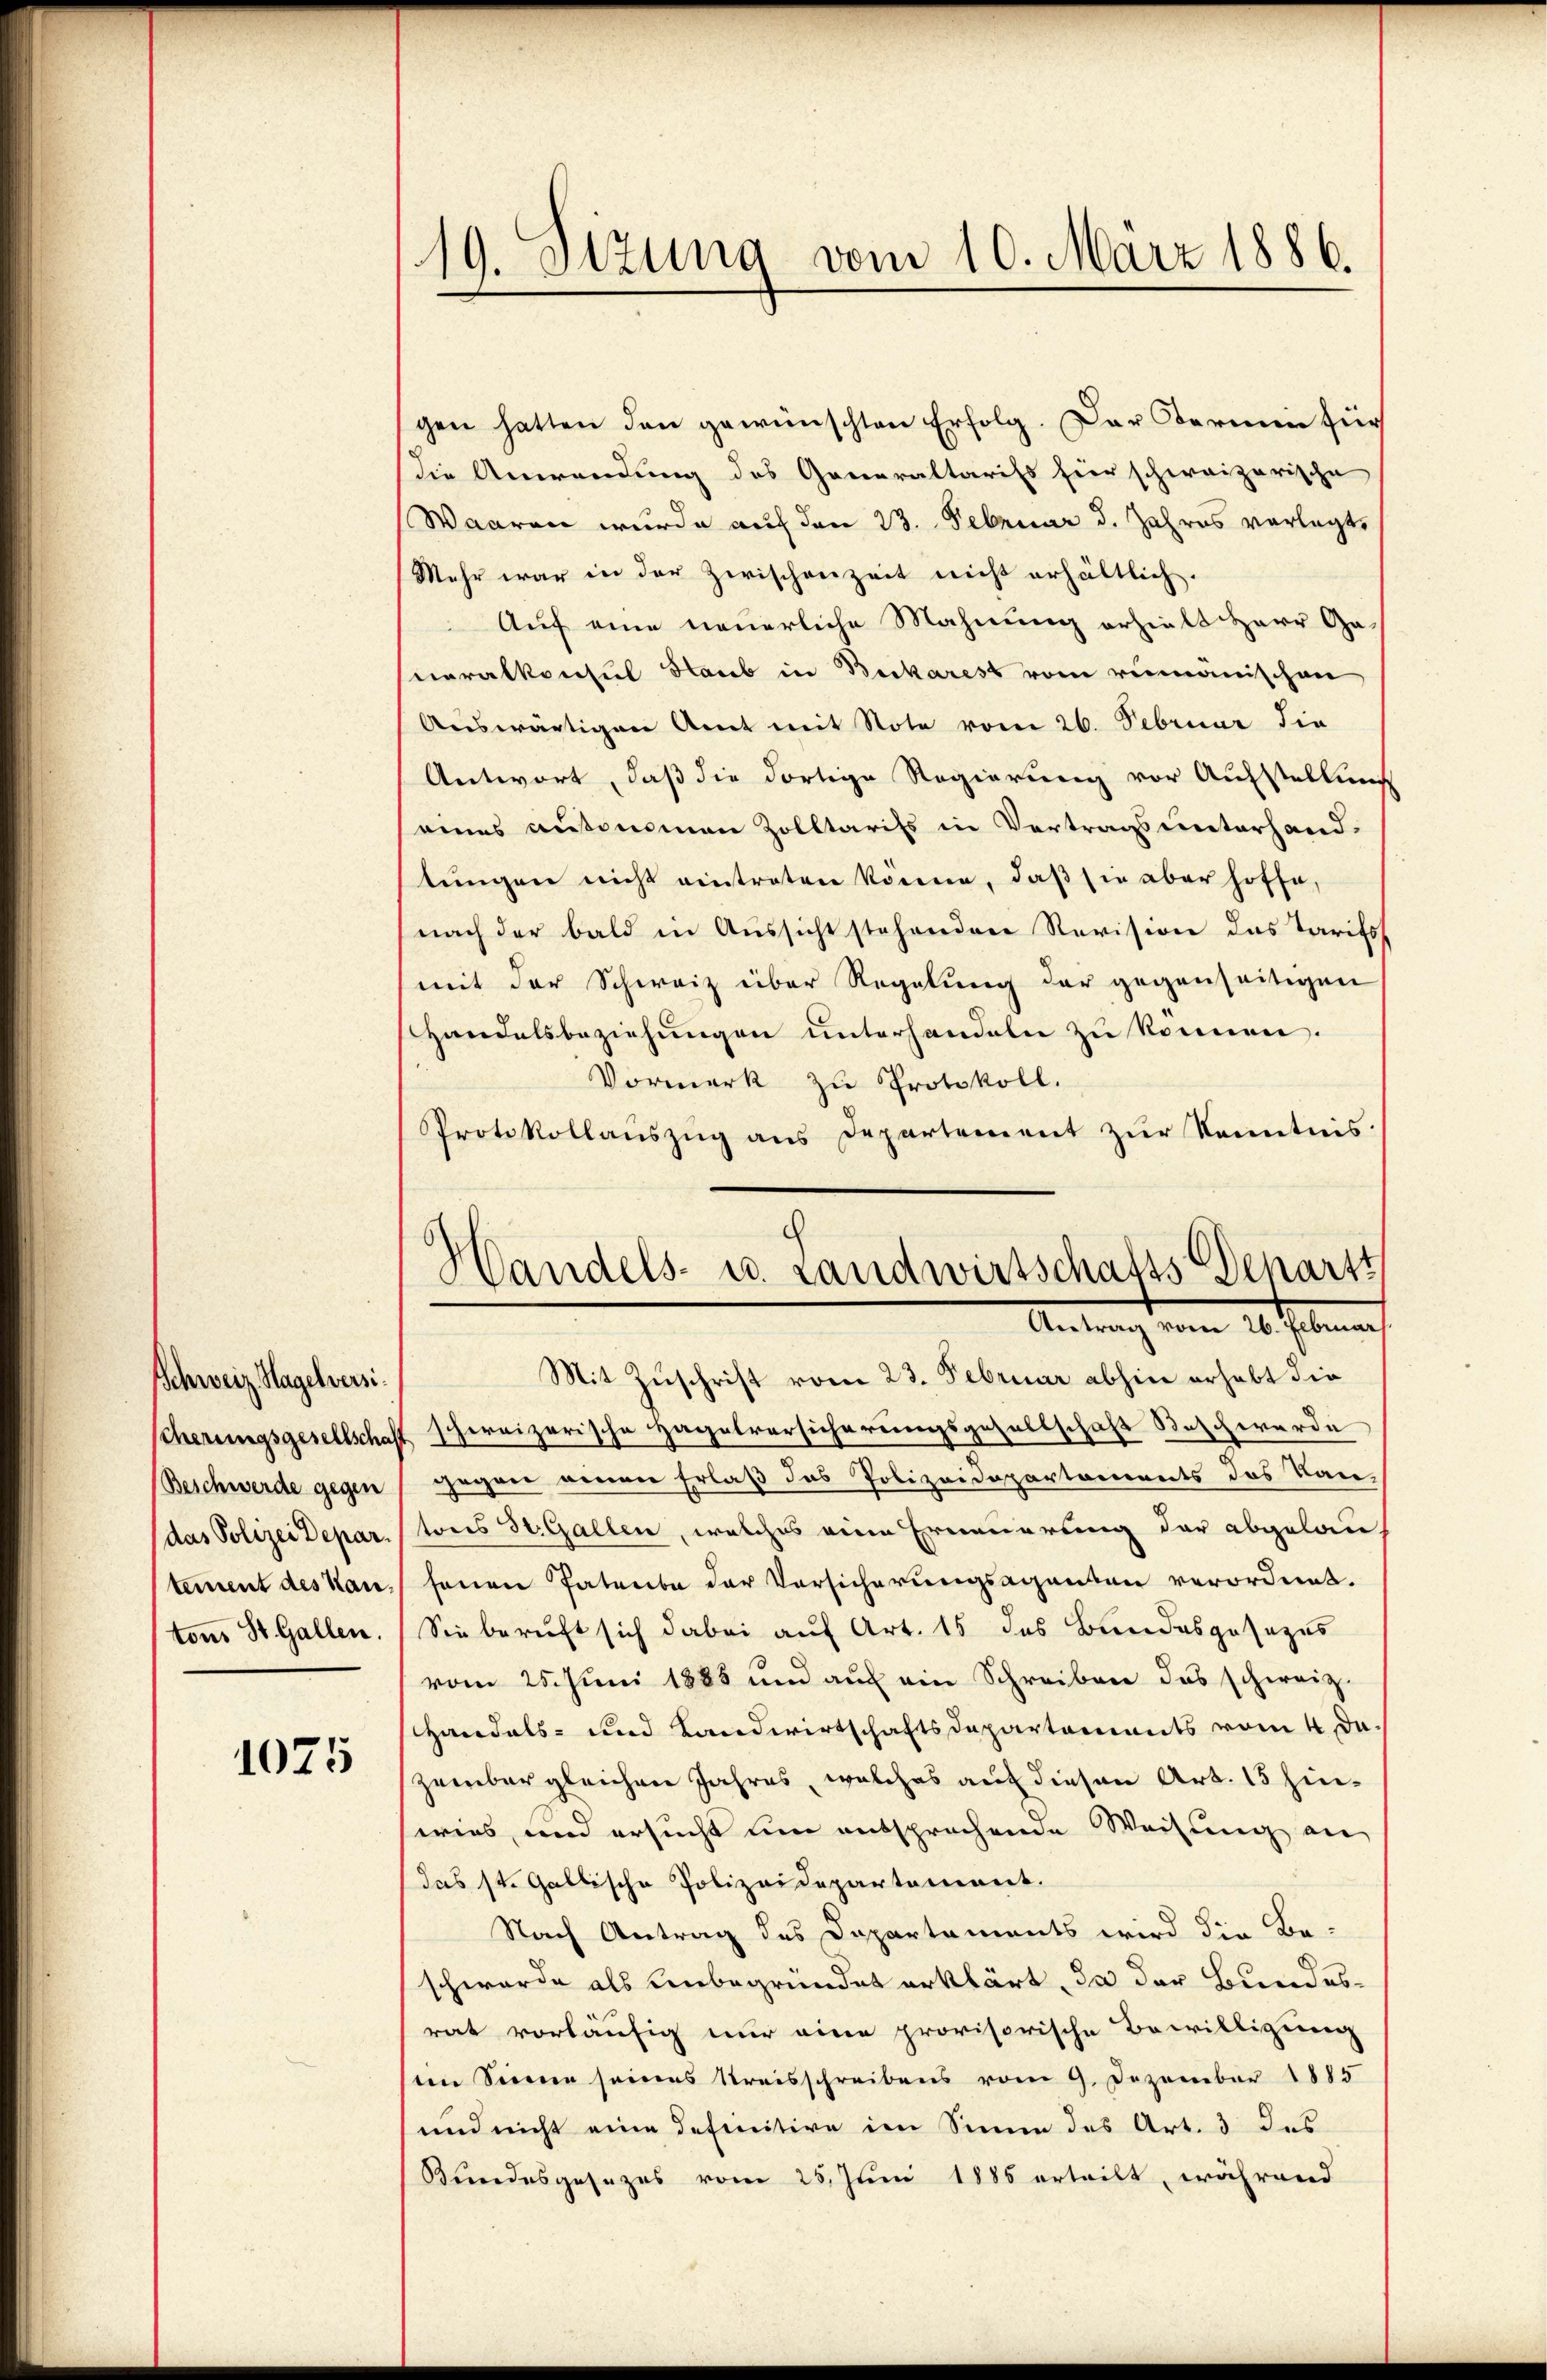
Schweiz. Hagelversi¬
Beschwerde gegen
(das Polizei Depar
tement des Kantons St. Gallen.

1075

19. Stzung vom 10. März 1886.

gen hatten den gewünschten Erfolg. Der Termin für
Die Anwendung des Generaltariss hier schweizerische
Waaren wurde auf den 23. Februar d. Jahres vorlegt,
Mehr war in der Zwischenzeit nicht erhältlich.
Auf eine neuerliche Mahnung erhielt Herr Ganeralkonsul Staub in Beckarest vom rumänischen
Auswärtigen Amt mit Note vom 26. Februar die
Antwort, daß die dortige Regierung vor Aufstellung
eines autonomen Zolltarifs in Vertrags unterhandtŭngen nicht eintreten könne, daß sie aber hoffe,
nach der bald in Aussicht stehenden Revision das Tarifos
mit der Schweiz über Regelung der gegenseitigen
Handelsbeziehungen unterhandeln zu können.
Vormerk zu Protokoll.
Protokollauszug aus Departement zur Kenntnis:

Handels- u. Landwirtschafts Departt
Antrag vom 26. Februar

Mit Zuschrift vom 23. Februar abhin erhebt die
scherungsgesellschaft schereizerische Hagelversicherungsgesellschaft Beschwerde
gegrei einen Erlaß das Polizeidepartements des Kan-
tons St. Gallen, welches eine Erneuerung der abgelau
senen Patenba der Vorsicherungsaganten verordnet.
Sie beruft sich dabei auf Art. 15 des Bundesgesezes
vom 25. Juni 1888 und auf ein Schreiben des schweiz.
shandels- und Landwirtschaftsdepartements vom 4. Da
zember gleichere Jahres, welches auf diesen Art. 15 hinseries, und ersucht um entsprochende Weisung an
das st. Gallische Polizeidepartement.
Nach Antrag des Departements wird die Be-
schwerde als unbegründet erklärt, da der Bundesrat vorläufig nur eine provisorische Bewilligung
sein Sinne seines Kreisschreibens vom 9. Dezember 1885
und nicht eine definitive im Sinne des Art. 3 des
Bundesgesezes vom 25. Juni 1886 erteilt, während